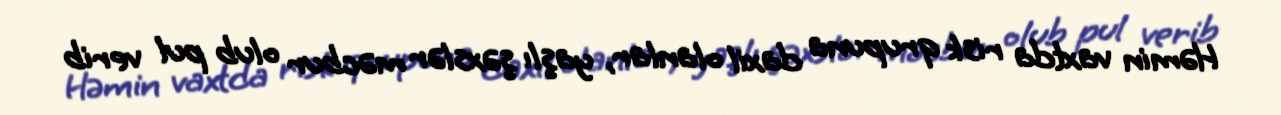
Həmin vaxtda risk qrupuna daxil olanlar, yaşlı şəxslər məcbur olub pul verib